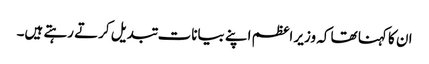
ان کا کہنا تھا کہ وزیر اعظم اپنے بیانات تبدیل کرتے رہتے ہیں۔